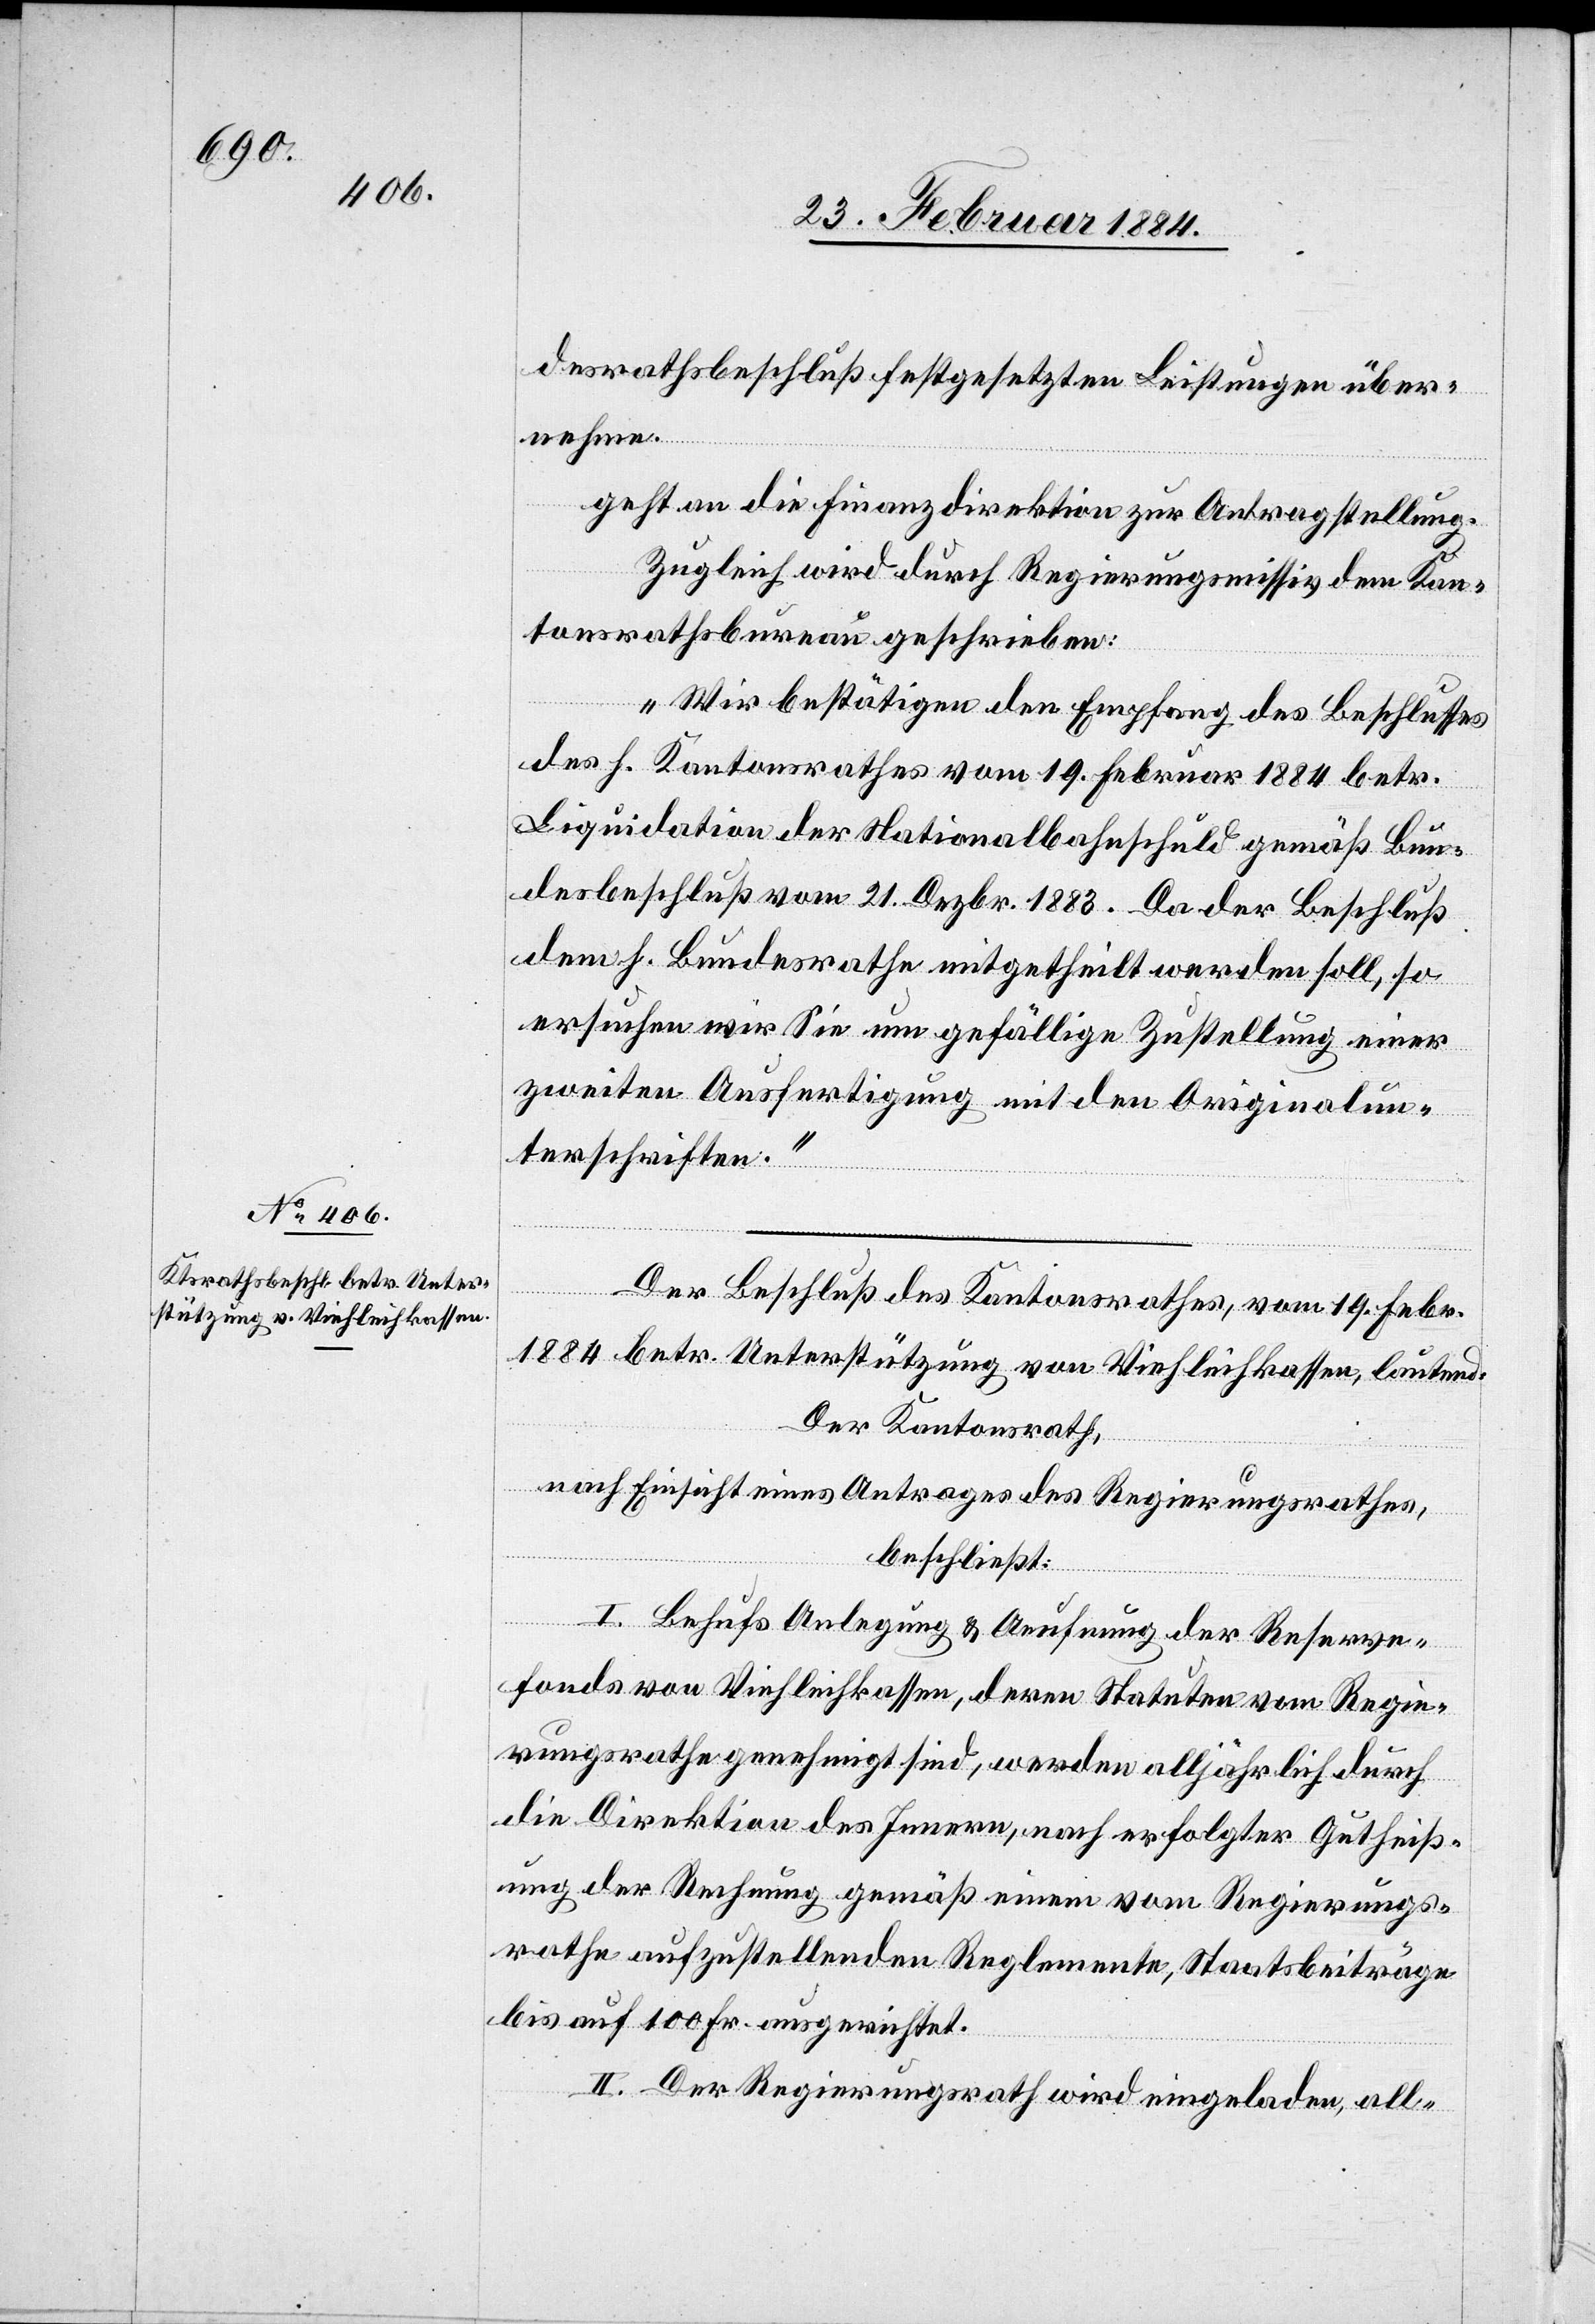
desrathsbeschluß festgesetzten Leistungen über¬
nehme.
geht an die Finanzdirektion zur Antragstellung.
Zugleich wird durch Regierungsmissiv dem Kan¬
tonsrathsbureau geschrieben:
„Wir bestätigen den Empfang des Beschlusses
des h. Kantonsrathes vom 19. Februar 1884 betr.
Liquidation der Nationalbahnschuld gemäß Bun¬
desbeschluß vom 21. Dezbr. 1883. Da der Beschluß
dem h. Bundesrathe mitgetheilt werden soll, so
ersuchen wir Sie um gefällige Zustellung einer
zweiten Ausfertigung mit den Originalun¬
terschriften.“
Der Beschluß des Kantonsrathes, vom 19. Febr.
1884 betr. Unterstützung von Viehleikassen, lautend:
Der Kantonsrath,
nach Einsicht eines Antrages des Regierungsrathes,
beschließt:
I. Behufs Anlegung & Aefnung der Reserve¬
fonds von Viehleihkassen, deren Statuten vom Regie¬
rungsrathe genehmigt sind, werden alljährlich durch
die Direktion des Innern, nach erfolgter Gutheiß¬
ung der Rechnung gemäß einem vom Regierungs¬
rathe aufzustellenden Reglemente, Staatsbeiträge
bis auf 100 Fr. ausgerichtet.
II. Der Regierungsrath wird eingeladen, all-